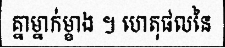
គ្នាម្នាក់ម្ខាង ។ ហេតុផលនៃ